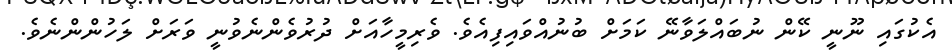
އެކުގައި ނޫނީ ކޭން ނުބައްލަވާނޭ ކަމަށް ބުނުއްވައިފިއެވެ. ވެރިމީހާއަށް ދުރުވެންނެވުނީ ވަރަށް ލަހުންންނެވެ.